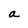
Character: a